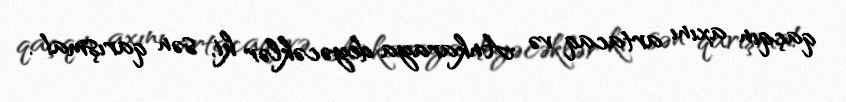
qaçqın axını artacaq və Ankaraya deyəcəklər ki, sən qarışma!.